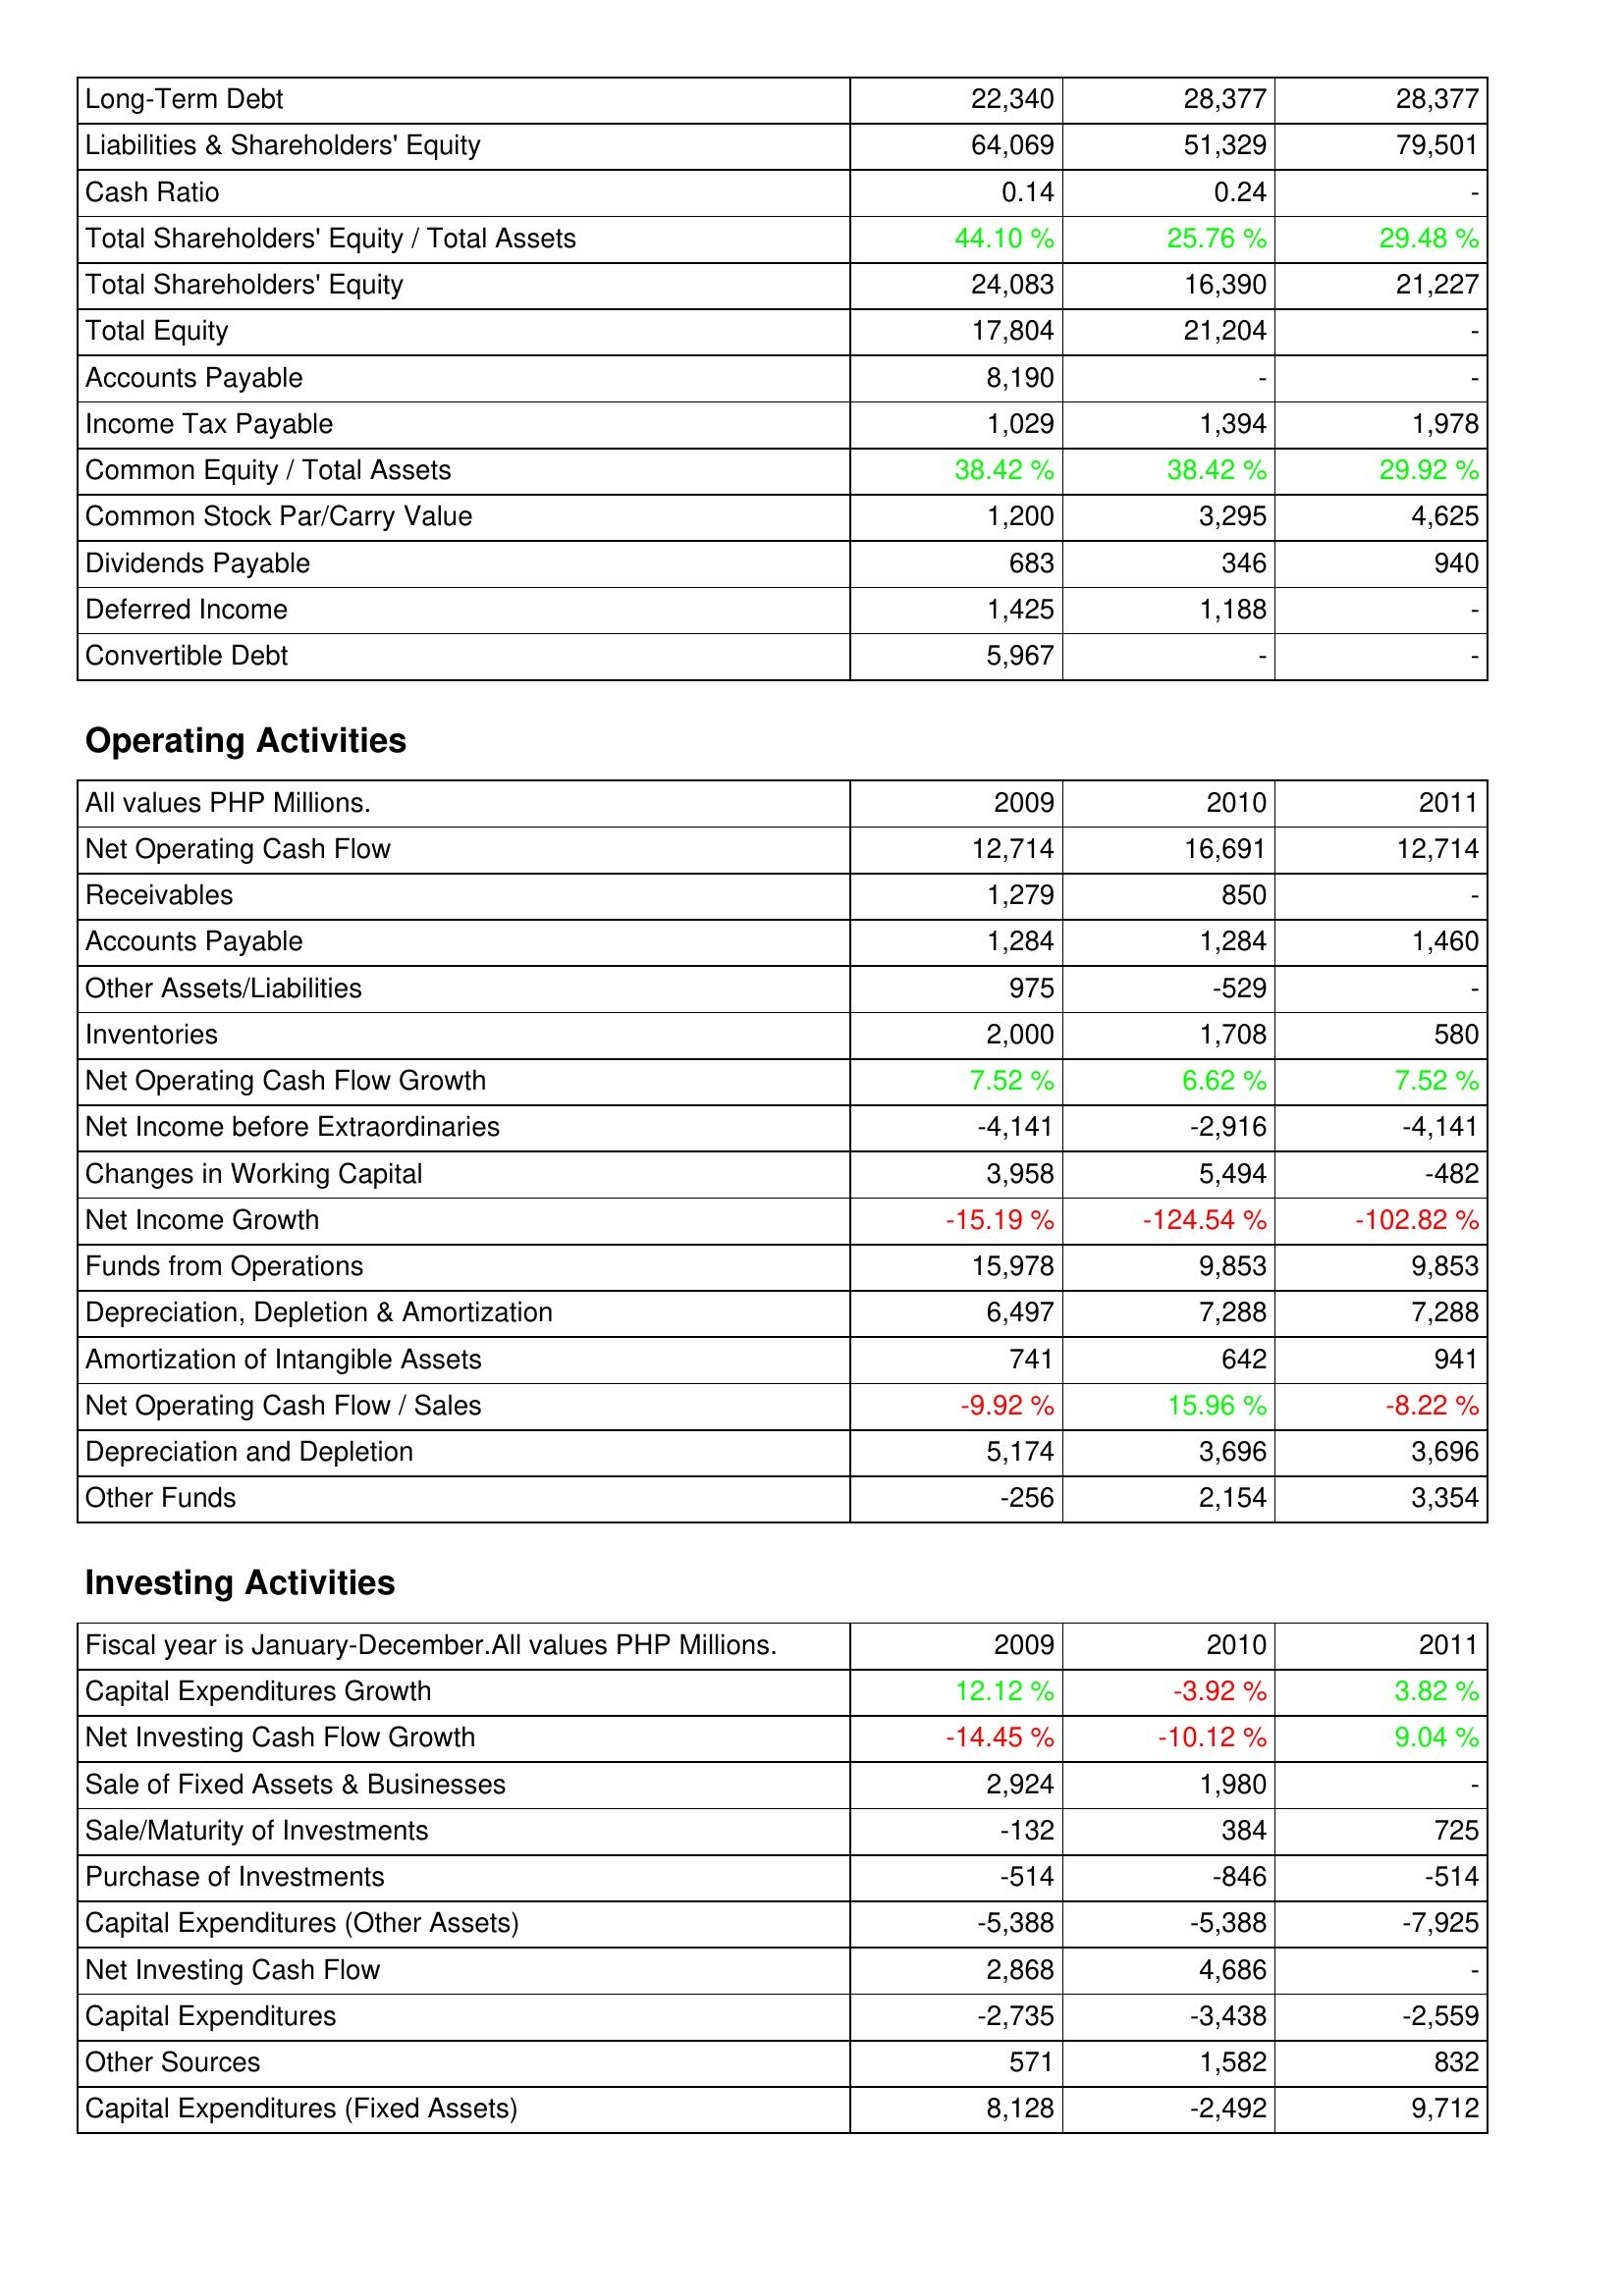
2009: Liabilities & Shareholders' Equity: Long-Term Debt: 22,340
Liabilities & Shareholders' Equity: 64,069
Cash Ratio: 0.14
Total Shareholders' Equity / Total Assets: 44.10 %
Total Shareholders' Equity: 24,083
Total Equity: 17,804
Accounts Payable: 8,190
Income Tax Payable: 1,029
Common Equity / Total Assets: 38.42 %
Common Stock Par/Carry Value: 1,200
Dividends Payable: 683
Deferred Income: 1,425
Convertible Debt: 5,967
Operating Activities: Net Operating Cash Flow: 12,714
Receivables: 1,279
Accounts Payable: 1,284
Other Assets/Liabilities: 975
Inventories: 2,000
Net Operating Cash Flow Growth: 7.52 %
Net Income before Extraordinaries: -4,141
Changes in Working Capital: 3,958
Net Income Growth: -15.19 %
Funds from Operations: 15,978
Depreciation, Depletion & Amortization: 6,497
Amortization of Intangible Assets: 741
Net Operating Cash Flow / Sales: -9.92 %
Depreciation and Depletion: 5,174
Other Funds: -256
Investing Activities: Capital Expenditures Growth: 12.12 %
Net Investing Cash Flow Growth: -14.45 %
Sale of Fixed Assets & Businesses: 2,924
Sale/Maturity of Investments: -132
Purchase of Investments: -514
Capital Expenditures (Other Assets): -5,388
Net Investing Cash Flow: 2,868
Capital Expenditures: -2,735
Other Sources: 571
Capital Expenditures (Fixed Assets): 8,128
2010: Liabilities & Shareholders' Equity: Long-Term Debt: 28,377
Liabilities & Shareholders' Equity: 51,329
Cash Ratio: 0.24
Total Shareholders' Equity / Total Assets: 25.76 %
Total Shareholders' Equity: 16,390
Total Equity: 21,204
Accounts Payable: -
Income Tax Payable: 1,394
Common Equity / Total Assets: 38.42 %
Common Stock Par/Carry Value: 3,295
Dividends Payable: 346
Deferred Income: 1,188
Convertible Debt: -
Operating Activities: Net Operating Cash Flow: 16,691
Receivables: 850
Accounts Payable: 1,284
Other Assets/Liabilities: -529
Inventories: 1,708
Net Operating Cash Flow Growth: 6.62 %
Net Income before Extraordinaries: -2,916
Changes in Working Capital: 5,494
Net Income Growth: -124.54 %
Funds from Operations: 9,853
Depreciation, Depletion & Amortization: 7,288
Amortization of Intangible Assets: 642
Net Operating Cash Flow / Sales: 15.96 %
Depreciation and Depletion: 3,696
Other Funds: 2,154
Investing Activities: Capital Expenditures Growth: -3.92 %
Net Investing Cash Flow Growth: -10.12 %
Sale of Fixed Assets & Businesses: 1,980
Sale/Maturity of Investments: 384
Purchase of Investments: -846
Capital Expenditures (Other Assets): -5,388
Net Investing Cash Flow: 4,686
Capital Expenditures: -3,438
Other Sources: 1,582
Capital Expenditures (Fixed Assets): -2,492
2011: Liabilities & Shareholders' Equity: Long-Term Debt: 28,377
Liabilities & Shareholders' Equity: 79,501
Cash Ratio: -
Total Shareholders' Equity / Total Assets: 29.48 %
Total Shareholders' Equity: 21,227
Total Equity: -
Accounts Payable: -
Income Tax Payable: 1,978
Common Equity / Total Assets: 29.92 %
Common Stock Par/Carry Value: 4,625
Dividends Payable: 940
Deferred Income: -
Convertible Debt: -
Operating Activities: Net Operating Cash Flow: 12,714
Receivables: -
Accounts Payable: 1,460
Other Assets/Liabilities: -
Inventories: 580
Net Operating Cash Flow Growth: 7.52 %
Net Income before Extraordinaries: -4,141
Changes in Working Capital: -482
Net Income Growth: -102.82 %
Funds from Operations: 9,853
Depreciation, Depletion & Amortization: 7,288
Amortization of Intangible Assets: 941
Net Operating Cash Flow / Sales: -8.22 %
Depreciation and Depletion: 3,696
Other Funds: 3,354
Investing Activities: Capital Expenditures Growth: 3.82 %
Net Investing Cash Flow Growth: 9.04 %
Sale of Fixed Assets & Businesses: -
Sale/Maturity of Investments: 725
Purchase of Investments: -514
Capital Expenditures (Other Assets): -7,925
Net Investing Cash Flow: -
Capital Expenditures: -2,559
Other Sources: 832
Capital Expenditures (Fixed Assets): 9,712